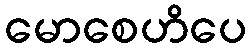
မောစေဟိပေ